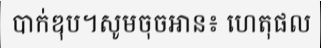
បាក់ឌុប។សូមចុចអាន៖ ហេតុផល